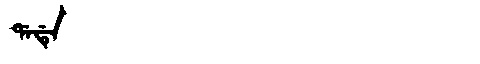
Manchu: ᡩᠠᡩᡝ
Romanization: DADE